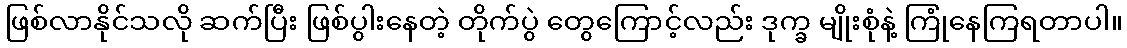
ဖြစ်လာနိုင်သလို ဆက်ပြီး ဖြစ်ပွါးနေတဲ့ တိုက်ပွဲ တွေကြောင့်လည်း ဒုက္ခ မျိုးစုံနဲ့ ကြုံနေကြရတာပါ။